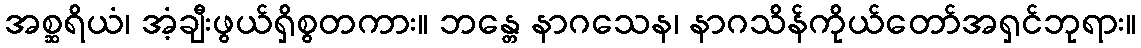
အစ္ဆရိယံ၊ အံ့ချီးဖွယ်ရှိစွတကား။ ဘန္တေ နာဂသေန၊ နာဂသိန်ကိုယ်တော်အရှင်ဘုရား။